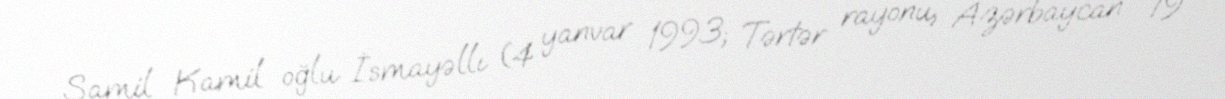
Şamil Kamil oğlu İsmayəllı (4 yanvar 1993; Tərtər rayonu, Azərbaycan - 19